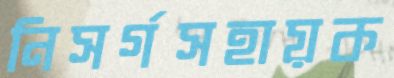
নিসর্গসহায়ক